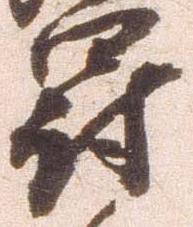
罰